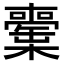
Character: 𣟘